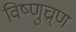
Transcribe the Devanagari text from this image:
विष्णुच्र्ण